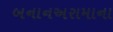
બનાનઅરામાના